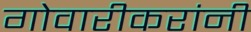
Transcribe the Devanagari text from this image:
गोवारीकरांनी